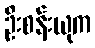
ဦးစန်းယုက